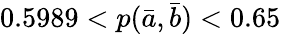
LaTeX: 0.5989<p(\bar{a},\bar{b})<0.65